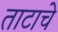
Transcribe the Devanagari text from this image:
ताटाचे